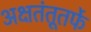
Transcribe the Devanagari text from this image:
अक्षतंतूतर्फे